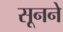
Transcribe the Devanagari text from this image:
सूनने